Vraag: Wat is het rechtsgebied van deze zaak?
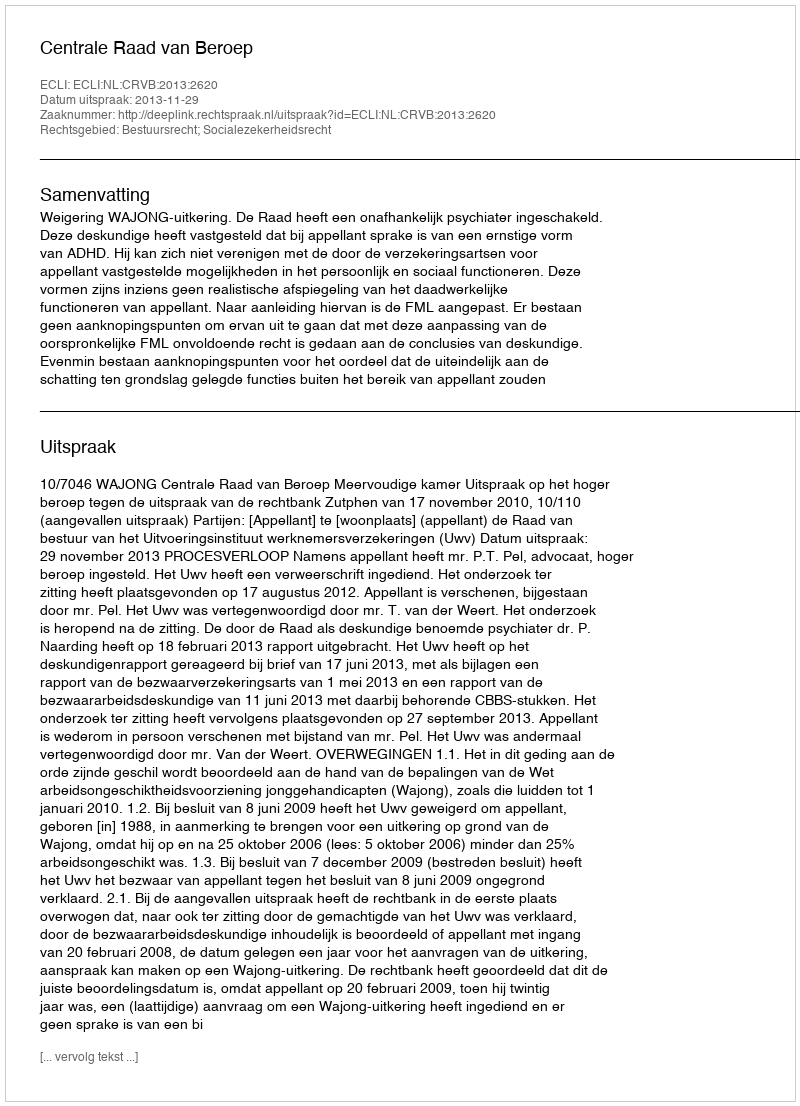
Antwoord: Bestuursrecht; Socialezekerheidsrecht